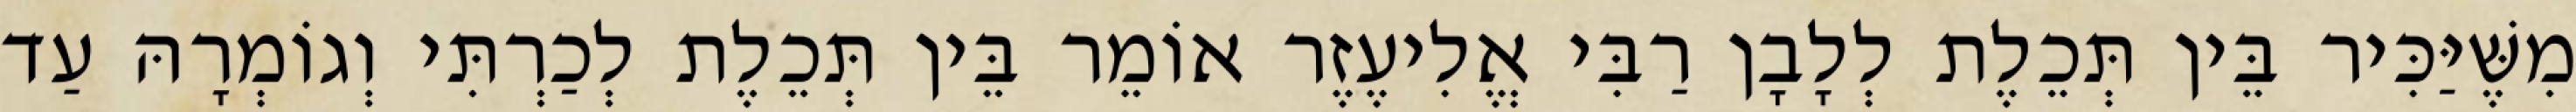
מִשֶּׁיַּכִּיר בֵּין תְּכֵלֶת לְלָבָן רַבִּי אֱלִיעֶזֶר אוֹמֵר בֵּין תְּכֵלֶת לְכַרְתִּי וְגוֹמְרָהּ עַד